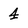
Character: 4